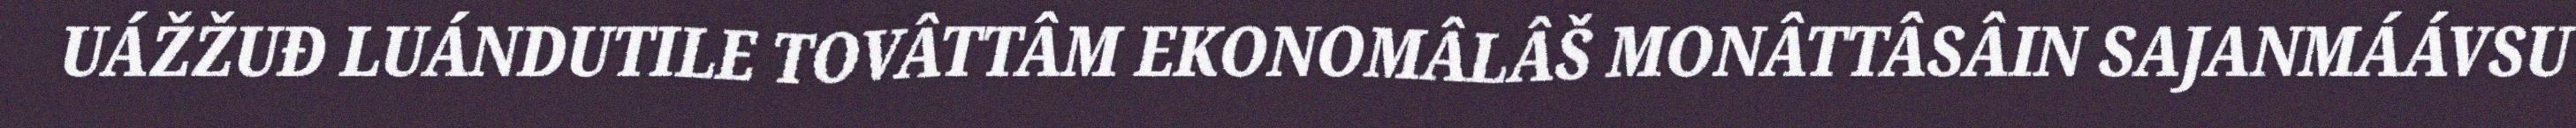
UÁŽŽUĐ LUÁNDUTILE TOVÂTTÂM EKONOMÂLÂŠ MONÂTTÂSÂIN SAJANMÁÁVSU